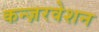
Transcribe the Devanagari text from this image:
कन्ज़रवेशन